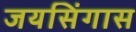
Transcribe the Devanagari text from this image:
जयसिंगास